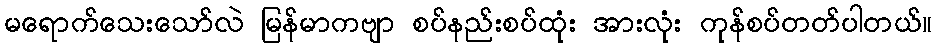
မရောက်သေးသော်လဲ မြန်မာကဗျာ စပ်နည်းစပ်ထုံး အားလုံး ကုန်စပ်တတ်ပါတယ်။